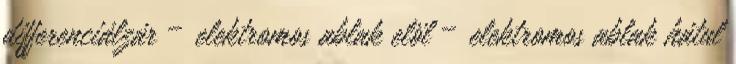
differenciálzár – elektromos ablak elöl – elektromos ablak hátul